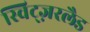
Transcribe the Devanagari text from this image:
स्विट्ज़रलैड